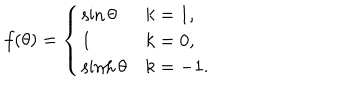
f ( \theta ) = \left\{ \begin{array} { l l } { { \sin \theta } } & { { k = 1 , } } \\ { { 1 } } & { { k = 0 , } } \\ { { \sinh \theta } } & { { k = - 1 . } } \\ \end{array} \right.